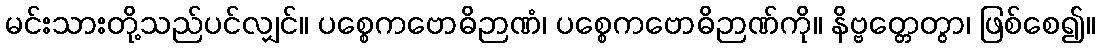
မင်းသားတို့သည်ပင်လျှင်။ ပစ္စေကဗောဓိဉာဏံ၊ ပစ္စေကဗောဓိဉာဏ်ကို။ နိဗ္ဗတ္တေတွာ၊ ဖြစ်စေ၍။